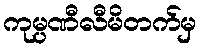
ကုမ္ပဏီလီမိတက်မှ